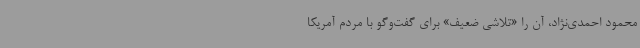
محمود احمدی‌نژاد، آن را «تلاشی ضعیف» برای گفت‌وگو با مردم آمریکا